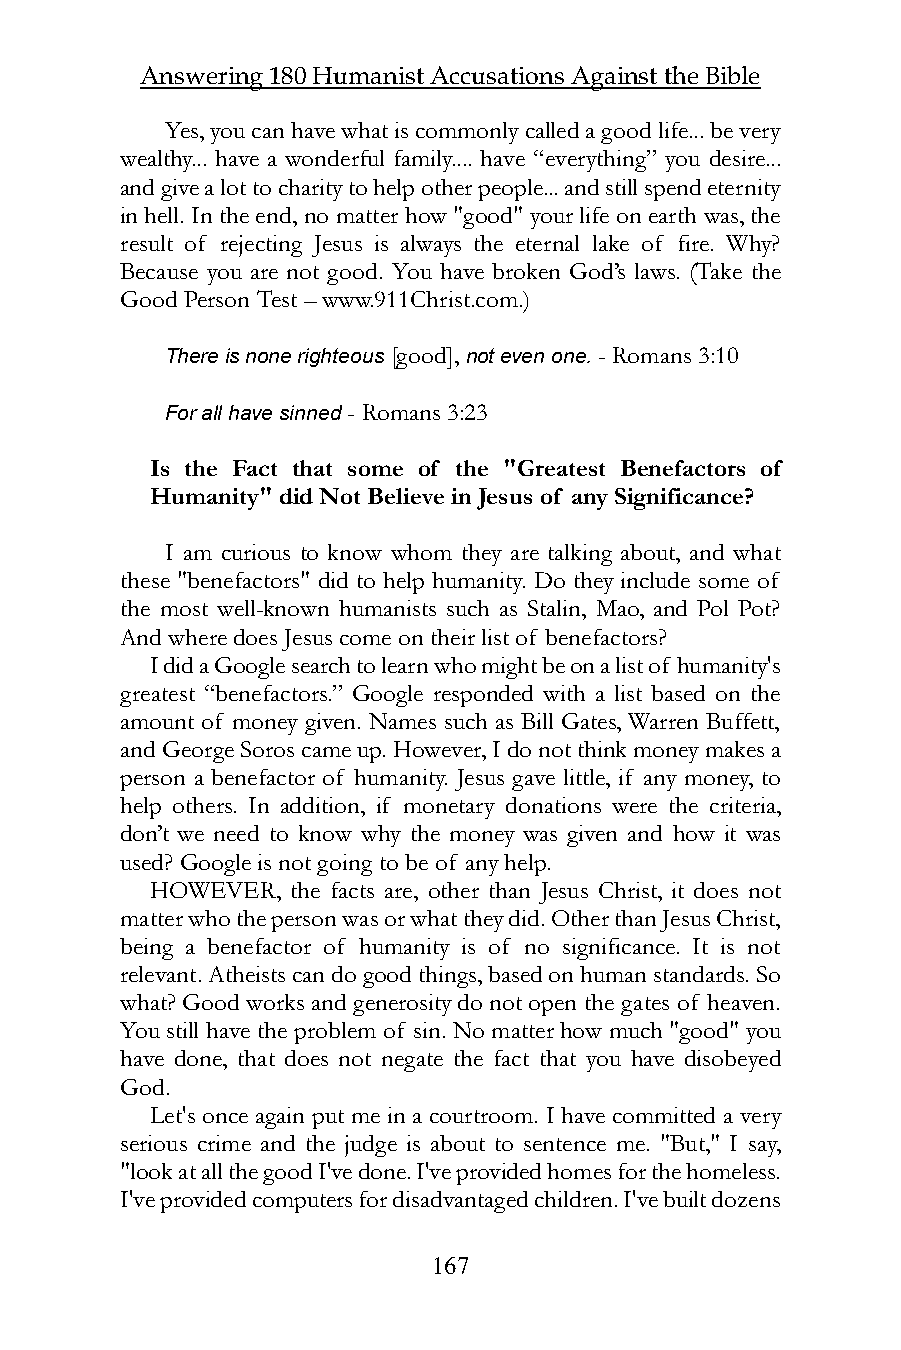
Answering 180 Humanist Accusations Against the Bible
 Yes, you can have what is commonly called a good life... be very
 wealthy... have a wonderful family.... have “everything” you desire...
 and give a lot to charity to help other people... and still spend eternity
 in hell. In the end, no matter how "good" your life on earth was, the
 result of rejecting Jesus is always the eternal lake of fire. Why?
 Because you are not good. You have broken God’s laws. (Take the
 Good Person Test – www.911Christ.com.)
 There is none righteous [good], not even one. - Romans 3:10
 For all have sinned - Romans 3:23
 Is the Fact that some of the "Greatest Benefactors of
 Humanity" did Not Believe in Jesus of any Significance?
 I am curious to know whom they are talking about, and what
 these "benefactors" did to help humanity. Do they include some of
 the most well-known humanists such as Stalin, Mao, and Pol Pot?
 And where does Jesus come on their list of benefactors?
 I did a Google search to learn who might be on a list of humanity's
 greatest “benefactors.” Google responded with a list based on the
 amount of money given. Names such as Bill Gates, Warren Buffett,
 and George Soros came up. However, I do not think money makes a
 person a benefactor of humanity. Jesus gave little, if any money, to
 help others. In addition, if monetary donations were the criteria,
 don’t we need to know why the money was given and how it was
 used? Google is not going to be of any help.
 HOWEVER, the facts are, other than Jesus Christ, it does not
 matter who the person was or what they did. Other than Jesus Christ,
 being a benefactor of humanity is of no significance. It is not
 relevant. Atheists can do good things, based on human standards. So
 what? Good works and generosity do not open the gates of heaven.
 You still have the problem of sin. No matter how much "good" you
 have done, that does not negate the fact that you have disobeyed
 God.
 Let's once again put me in a courtroom. I have committed a very
 serious crime and the judge is about to sentence me. "But," I say,
 "look at all the good I've done. I've provided homes for the homeless.
 I've provided computers for disadvantaged children. I've built dozens
 167